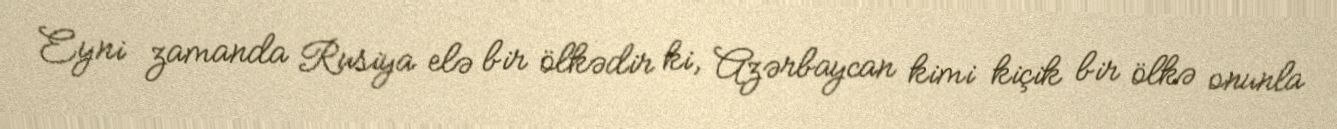
Eyni zamanda Rusiya elə bir ölkədir ki, Azərbaycan kimi kiçik bir ölkə onunla